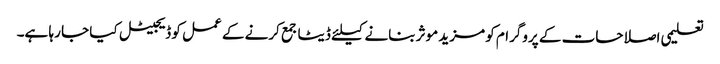
تعلیمی اصلاحات کے پروگرام کو مزید موثر بنانے کیلئے ڈیٹا جمع کرنے کے عمل کو ڈیجیٹل کیا جا رہا ہے۔